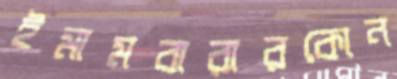
ইমামবারারকোন